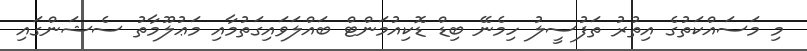
މި މަސައްކަތުގެ އިތުރު ތަފުސީލު ހިމެނޭ ބިޑް ޑޮކިއުމަންޓް ބައްލަވައިގަތުމާއި މަޢުލޫމާތު ސެޝަންގައި